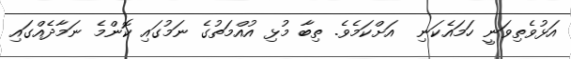
އަޅުވެތިވަނީ ހަމައެކަނި  އަށްކަމެވެ. ތިބާ މުޅި އުއްމަތުގެ ނަމުގައި ކޮންމެ ނަމާދެއްގައި